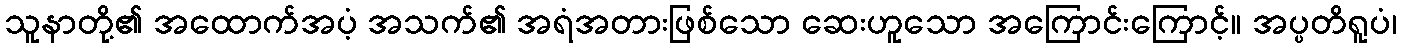
သူနာတို့၏ အထောက်အပံ့ အသက်၏ အရံအတားဖြစ်သော ဆေးဟူသော အကြောင်းကြောင့်။ အပ္ပတိရူပံ၊